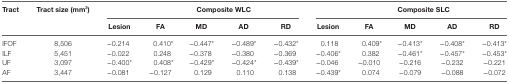
<table><thead><tr><td rowspan="3"><b>Tract</b></td><td rowspan="3"><b>Tract size (mm<sup>3</sup>)</b></td><td></td><td colspan="4"><b>Composite WLC</b></td><td></td><td colspan="4"><b>Composite SLC</b></td></tr><tr><td><b>Lesion</b></td><td><b>FA</b></td><td><b>MD</b></td><td><b>AD</b></td><td><b>RD</b></td><td><b>Lesion</b></td><td><b>FA</b></td><td><b>MD</b></td><td><b>AD</b></td><td><b>RD</b></td></tr></thead><tbody><tr><td>IFOF</td><td>8,506</td><td>−0.214</td><td>0.410*</td><td>−0.447*</td><td>−0.489*</td><td>−0.432*</td><td>0.118</td><td>0.409*</td><td>−0.413*</td><td>−0.408*</td><td>−0.413*</td></tr><tr><td>ILF</td><td>5,451</td><td>−0.022</td><td>0.248</td><td>−0.378</td><td>−0.380</td><td>−0.369</td><td>−0.406*</td><td>0.382</td><td>−0.461*</td><td>−0.457*</td><td>−0.453*</td></tr><tr><td>UF</td><td>3,097</td><td>−0.400*</td><td>0.408*</td><td>−0.429*</td><td>−0.424*</td><td>−0.439*</td><td>−0.046</td><td>−0.010</td><td>−0.216</td><td>−0.232</td><td>−0.221</td></tr><tr><td>AF</td><td>3,447</td><td>−0.081</td><td>−0.127</td><td>0.129</td><td>0.110</td><td>0.138</td><td>−0.439*</td><td>0.074</td><td>−0.079</td><td>−0.088</td><td>−0.072</td></tr></tbody></table>